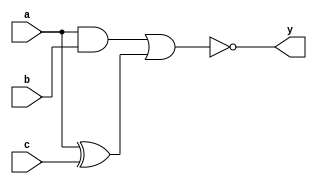
module complex_logic_gate(
    input wire a,
    input wire b,
    input wire c,
    output wire y
);

assign y = ~(a & b | (a ^ c)); // complex logic operation

endmodule